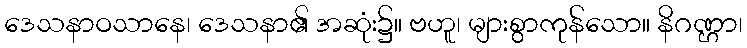
ဒေသနာဝသာနေ၊ ဒေသနာ၏ အဆုံး၌။ ဗဟူ၊ များစွာကုန်သော။ နိဂဏ္ဌာ၊